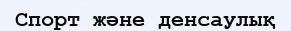
Спорт және денсаулық